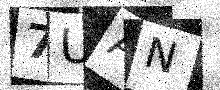
Text: 7UAN